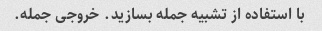
با استفاده از تشبیه جمله بسازید. خروجی جمله.